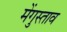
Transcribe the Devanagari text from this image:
मेंगुस्ताव